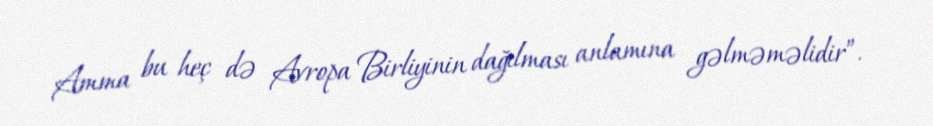
Amma bu heç də Avropa Birliyinin dağılması anlamına gəlməməlidir”.